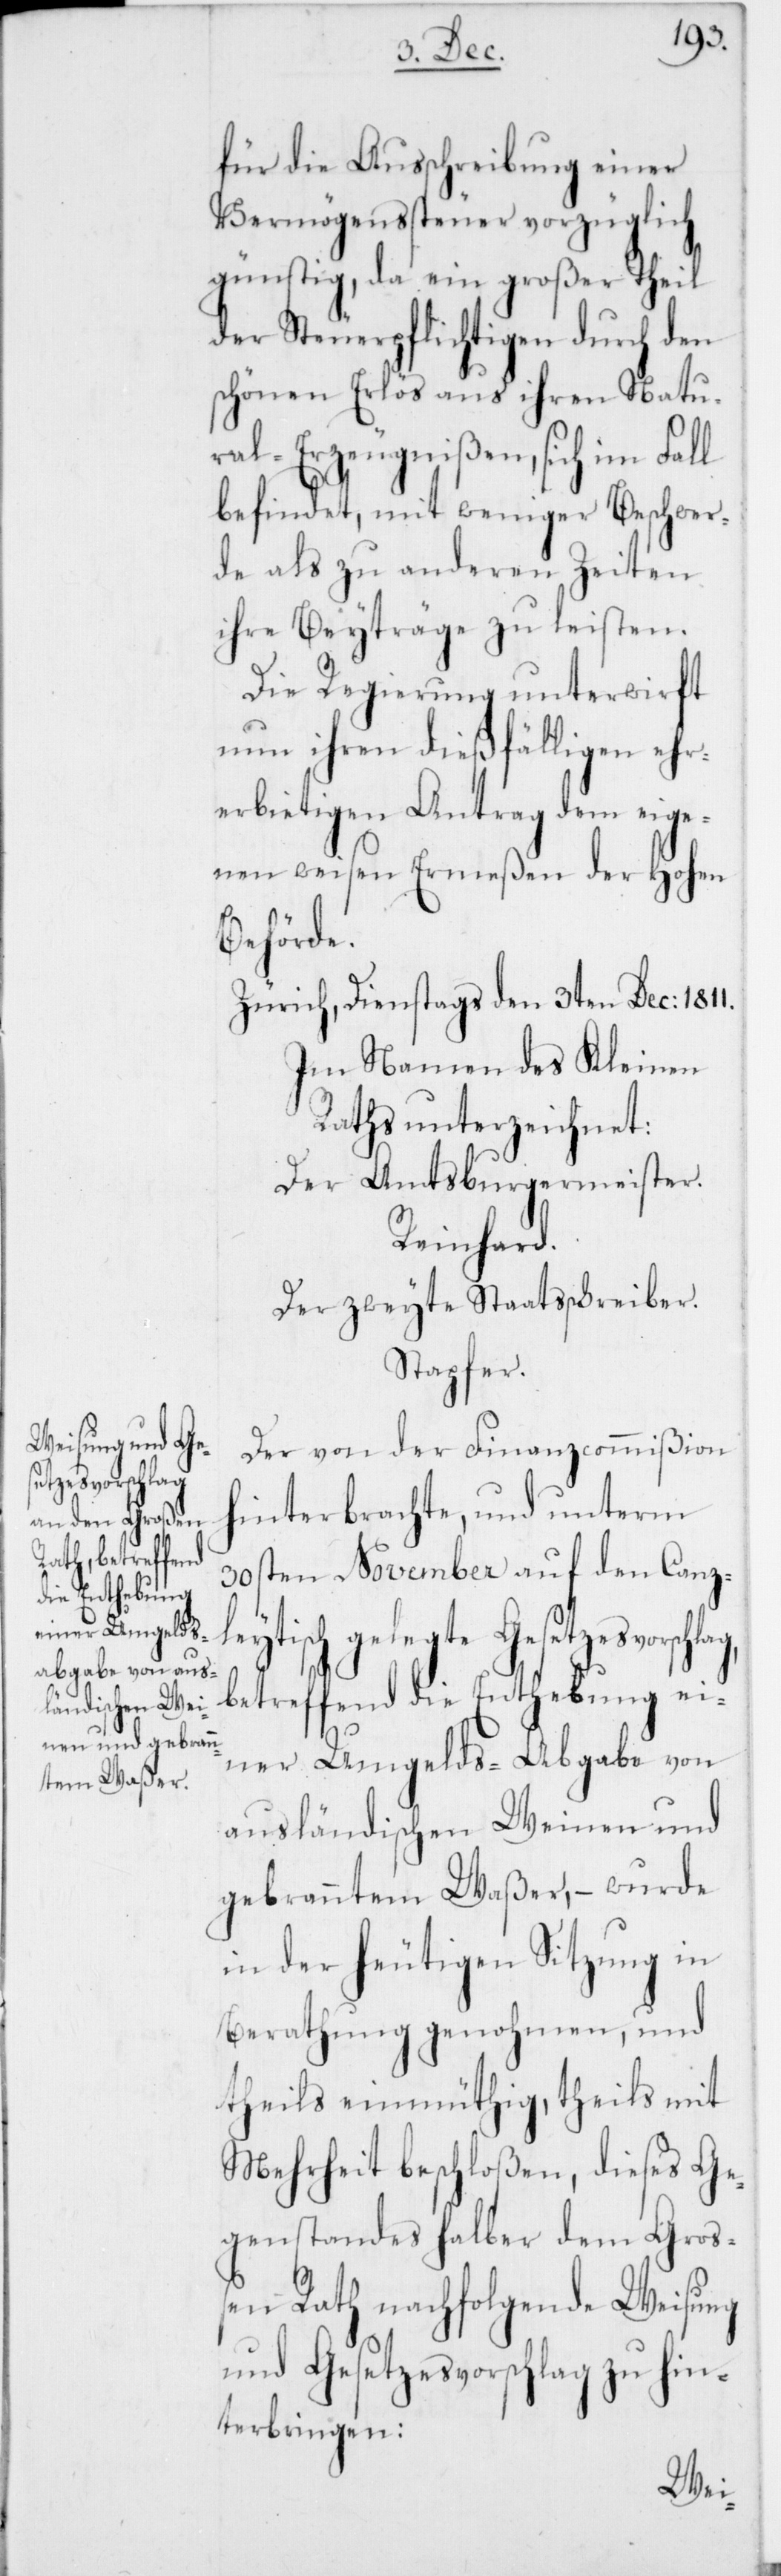
tzesvorschlag,

für die Ausschreibung einer
Vermögenssteuer vorzüglich
günstig, da ein großer Theil
der Steuerpflichtigen durch den
schönen Erlös aus ihren Natu¬
ral-Erzeugnißen, sich im
befindet, mit weniger Beschwer¬
de als zu anderen Zeiten
ihre Beyträge zu leisten.
Die Regierung unterwirft
nun ihren dießfällig¬
ehr¬
erbietigen Antrag dem eige¬
nen weisen Ermeßen der Hohen
Behörde.
Zürich, Dienstags den 3ten Dec: 1811.
Im Namen des Kleinen
Raths unterzeichnet:
Der Amtsburgermeister.
Reinhard.
Der zweyte Staatsschreiber.
Stapfer.
Der von der Finanzcommißion
hinterbrachte, und unterm
30sten November auf den Canzl¬
eytisch gelegte Gese¬
betreffend die Enthebung ei¬
ner Umgelds-Abgabe von
ausländischen Weinen und
gebranntem Waßer, – wurde
in der heutigen Sitzung in
Berathung genohmen, und
Mehrheit beschloßen, dieses Ge¬
genstandes halber dem Groß¬
en Rath nachfolgende Weisung
und Gesetzesvorschlag zu hin¬
terbringen: